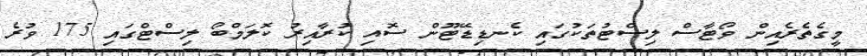
މީގެތެރެއިން ވޯޓާސް ލިސްޓުތަކުގައި ކެނޑިޑޭޓޫން ސޮއި ކުރާއިރު ކޮލަމްބޯ ލިސްޓްގައި 175 ވުރެ